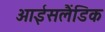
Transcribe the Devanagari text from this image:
आईसलैंडिक